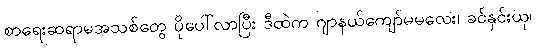
စာရေးဆရာမအသစ်တွေ ပိုပေါ်လာပြီး ဒီထဲက ဂျာနယ်ကျော်မမလေး၊ ခင်နှင်းယု၊